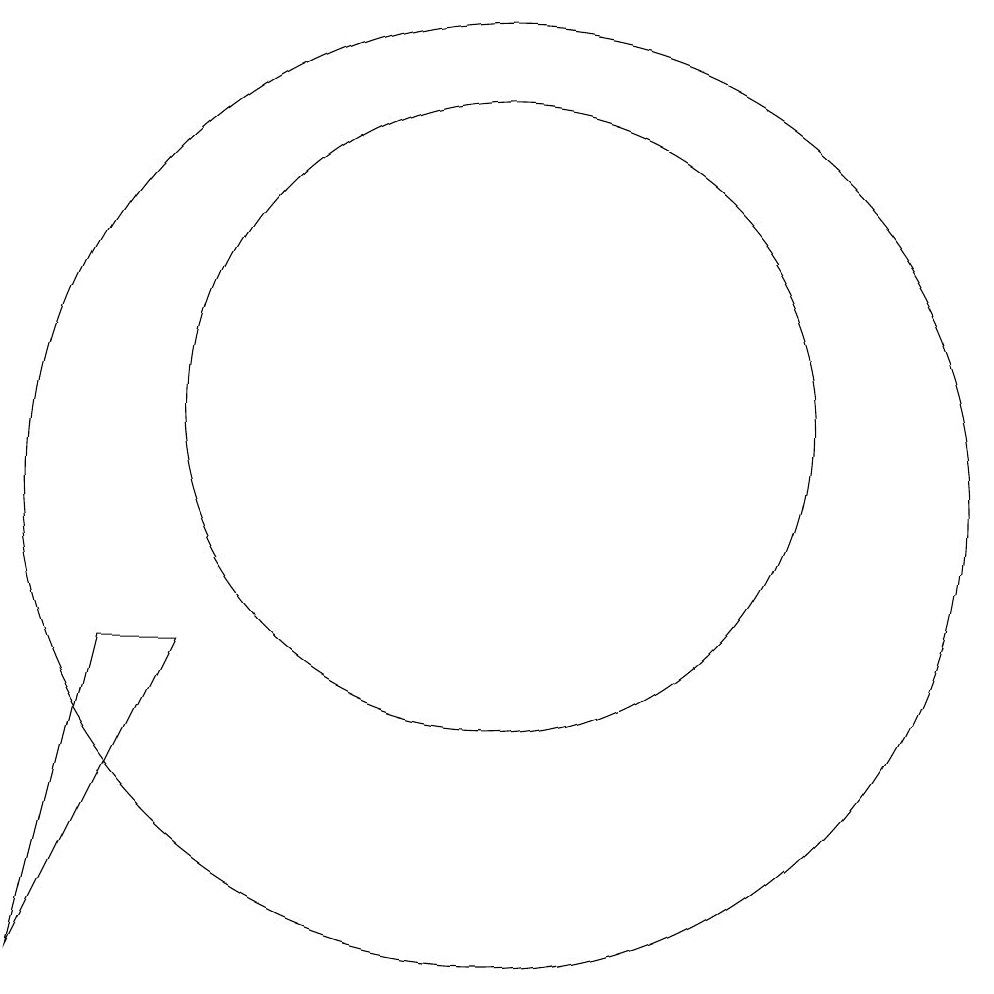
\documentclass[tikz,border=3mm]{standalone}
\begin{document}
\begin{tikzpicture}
\draw (10,12) circle (4);
\draw (10,11) circle (6);
\draw (6,9) -- (4,5) -- (5,9) -- cycle;
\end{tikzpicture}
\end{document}